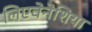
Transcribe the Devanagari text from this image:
लिएवेनेशिया